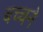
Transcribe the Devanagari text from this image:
बच्चने